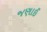
જણાઈ